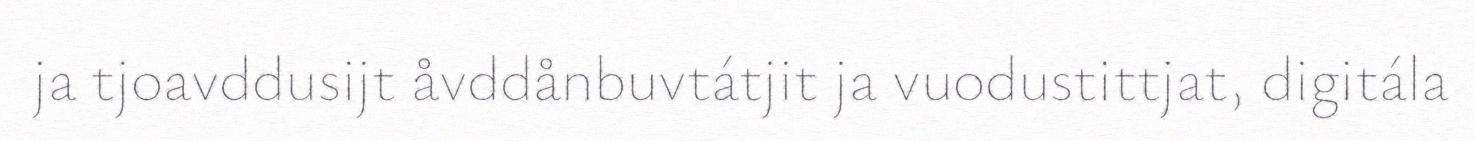
ja tjoavddusijt åvddånbuvtátjit ja vuodustittjat, digitála